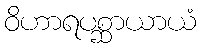
ဝိဟာရပစ္ဆာယာယံ